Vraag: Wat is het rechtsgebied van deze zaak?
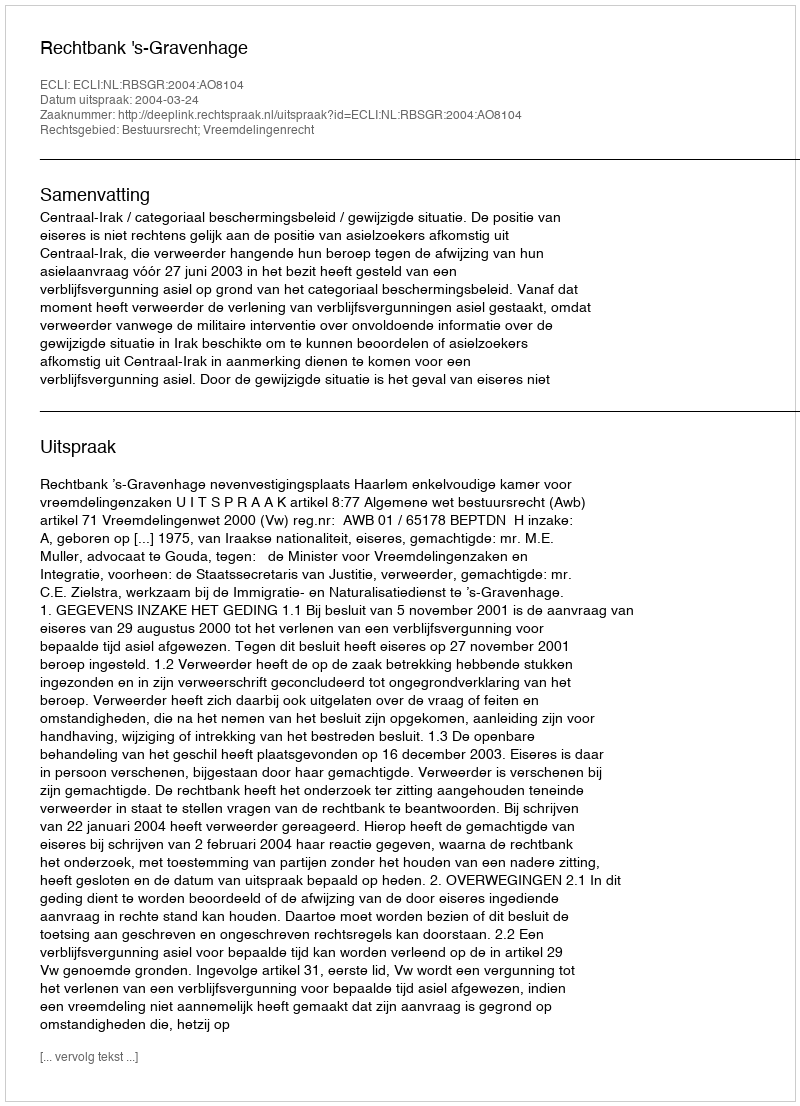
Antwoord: Bestuursrecht; Vreemdelingenrecht